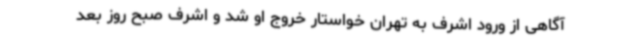
آگاهی از ورود اشرف به تهران خواستار خروج او شد و اشرف صبح روز بعد